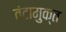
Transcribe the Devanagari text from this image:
तंटामुक्‍त